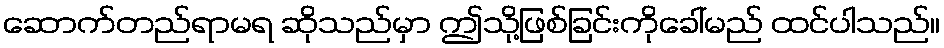
ဆောက်တည်ရာမရ ဆိုသည်မှာ ဤသို့ဖြစ်ခြင်းကိုခေါ်မည် ထင်ပါသည်။